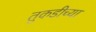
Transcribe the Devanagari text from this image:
तुकडीच्या